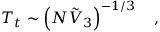
T _ { t } \sim \left( N { \tilde { V } } _ { 3 } \right) ^ { - 1 / 3 } \quad ,